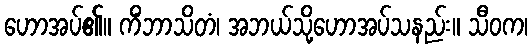
ဟောအပ်၏။ ကိံဘာသိတံ၊ အဘယ်သို့ဟောအပ်သနည်း။ သီဝက၊